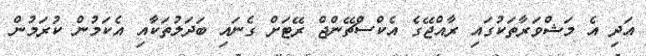
އަދި އެ މަޝްވަރާތަކުގައި ރާއްޖޭގެ އެކްސްޗޭންޖް ރޭޓަށް ގެނައި ބަދަލުތަކާއި އެކަމުން ކުރަމުން